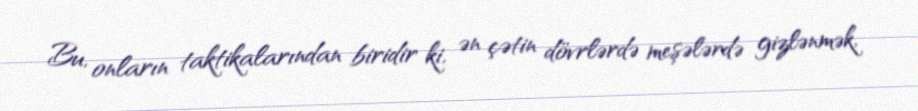
Bu, onların taktikalarından biridir ki, ən çətin dövrlərdə meşələrdə gizlənmək,